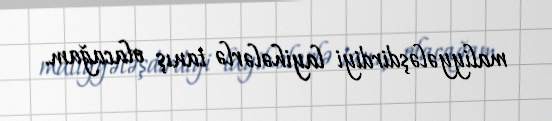
maliyyələşdirdiyi layihələrlə tanış olacağam.